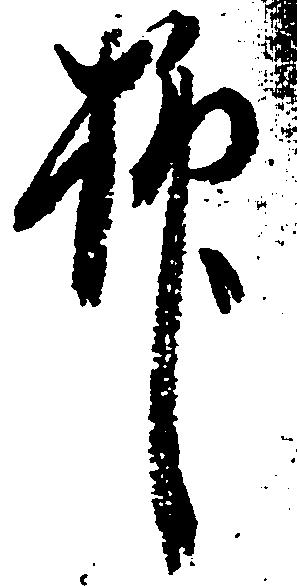
抑